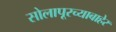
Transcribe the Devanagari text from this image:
सोलापूरच्याबाहेर